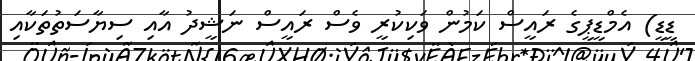
ޑީޑީ) އެމްޑީޕީގެ ރައީސް ކަމުން ވަކިކުރީ ވެސް ރައީސް ނަޝީދު އާއި ސިޔާސަތުތަކާއި